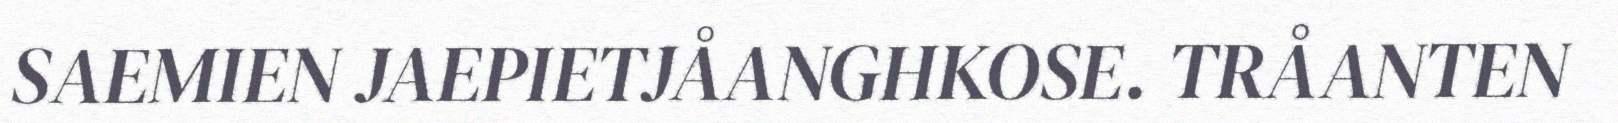
SAEMIEN JAEPIETJÅANGHKOSE. TRÅANTEN